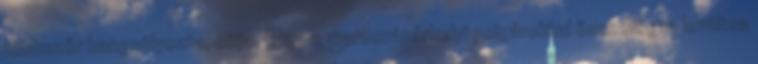
többször hangsúlyozta, célja, hogy a marosvásárhelyi polgárokkal összefogva leváltsa